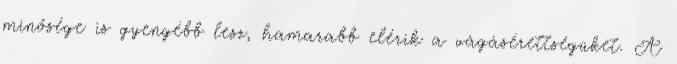
minősége is gyengébb lesz, hamarabb elérik a vágásérettségüket. A